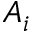
A _ { i }